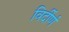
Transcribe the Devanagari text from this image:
विर्दीर्ण